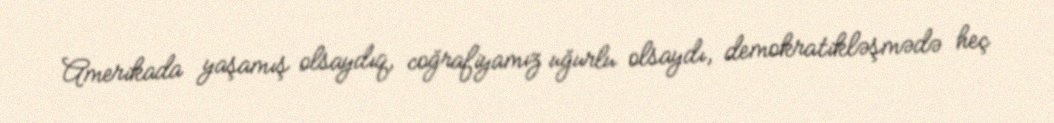
Amerikada yaşamış olsaydıq, coğrafiyamız uğurlu olsaydı, demokratikləşmədə heç